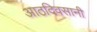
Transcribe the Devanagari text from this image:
आठदिवसानी